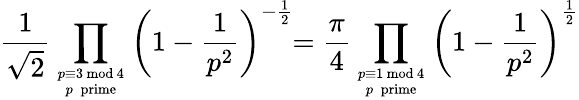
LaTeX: {\frac{1}{\sqrt{2}}}\prod_{{p\equiv 3{\mathrm{~mod~}}4}\atop p\; \mathrm{{prime}}}{\left(1-{\frac{1}{p^{2}}}\right)^{-{\frac{1}{2}}}}\! \! ={\frac{\pi}{4}}\prod_{{p\equiv 1{\mathrm{~mod~}}4}\atop p\; \mathrm{{prime}}}{\left(1-{\frac{1}{p^{2}}}\right)^{\frac{1}{2}}}